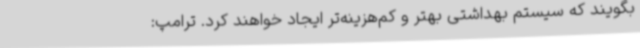
بگویند که سیستم بهداشتی بهتر و کم‌هزینه‌تر ایجاد خواهند کرد. ترامپ: